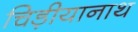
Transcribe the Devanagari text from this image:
चिड़ीयानाथ